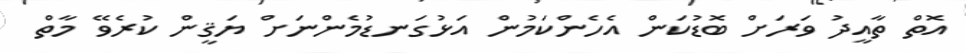
އޮތް ތާއީދު ވަރަށް ބޮޑުކަން އެހެންކަމުން އަޅުގަނޑުމެންނަށް ޔަޤީން ކުރެވޭ މާތް